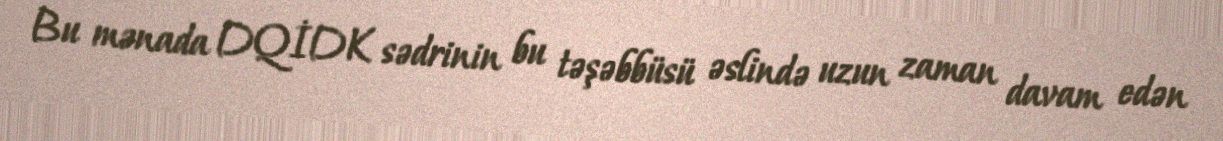
Bu mənada DQİDK sədrinin bu təşəbbüsü əslində uzun zaman davam edən